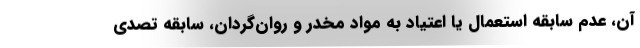
آن، عدم سابقه استعمال یا اعتیاد به مواد مخدر و روان‌گردان، سابقه تصدی